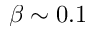
\beta \sim 0 . 1